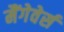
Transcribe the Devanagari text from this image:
मैंगेवेर्स